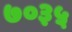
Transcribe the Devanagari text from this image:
७०३५